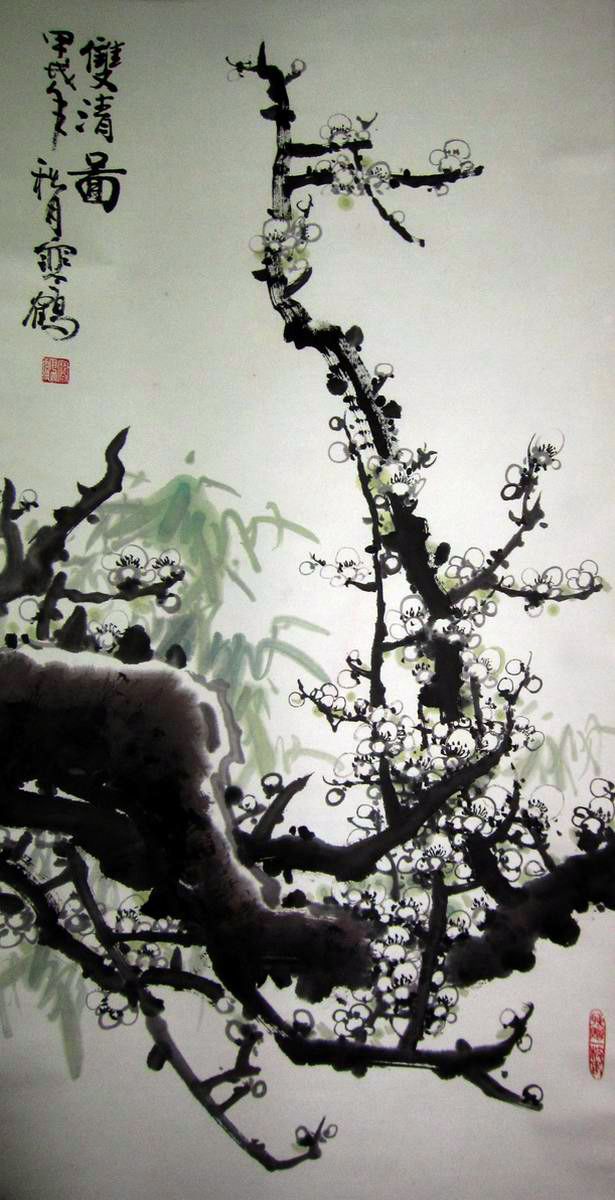
雨暗残灯棋散后，酒醒孤枕雁来初。